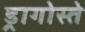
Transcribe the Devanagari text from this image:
ड्रागोस्ते